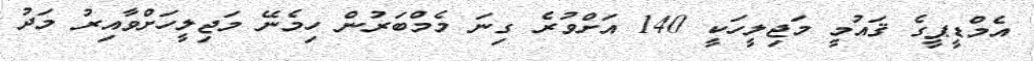
އެމްޑީޕީގެ ޤައުމީ މަޖިލީހަކީ 140 އަށްވުރެ ގިނަ މެމްބަރުން ހިމެނޭ މަޖިލީހަށްވާއިރު މަދު